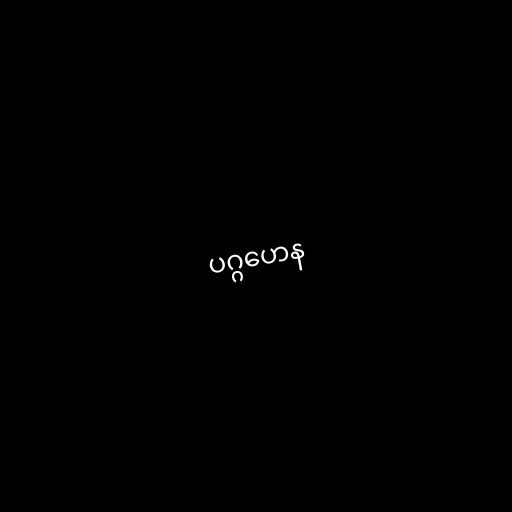
ပဂ္ဂဟေန